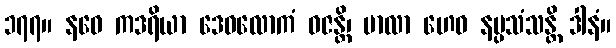
၁၇၇။ နဝေ ကဒရိယာ ဒေဝလောကံ ဝဇန္တိ၊ ဗာလာ ဟေဝ နပ္ပသံသန္တိ ဒါနံ။